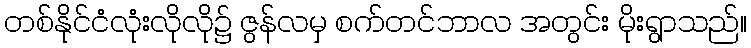
တစ်နိုင်ငံလုံးလိုလို၌ ဇွန်လမှ စက်တင်ဘာလ အတွင်း မိုးရွာသည်။